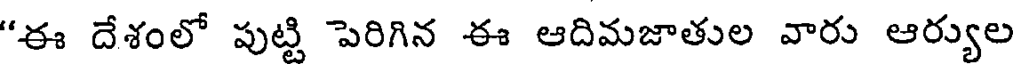
"ఈ దేశంలో పుట్టి పెరిగిన ఈ ఆదిమజాతుల వారు ఆర్యుల